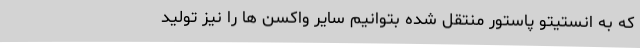
که به انستیتو پاستور منتقل شده بتوانیم سایر واکسن ها را نیز تولید